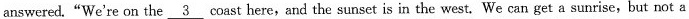
answered."We're on the \underline{3} coast here,and the sunset is in the west. We can get a sunrise,but not a